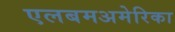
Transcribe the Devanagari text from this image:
एलबमअमेरिका